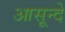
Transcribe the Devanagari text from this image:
आसून्दे